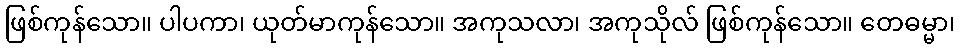
ဖြစ်ကုန်သော။ ပါပကာ၊ ယုတ်မာကုန်သော။ အကုသလာ၊ အကုသိုလ် ဖြစ်ကုန်သော။ တေဓမ္မာ၊